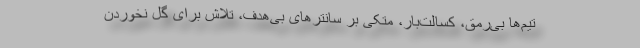
تیم‌ها بی‌رمق، کسالت‌بار، متکی بر سانترهای بی‌هدف، تلاش برای گل نخوردن